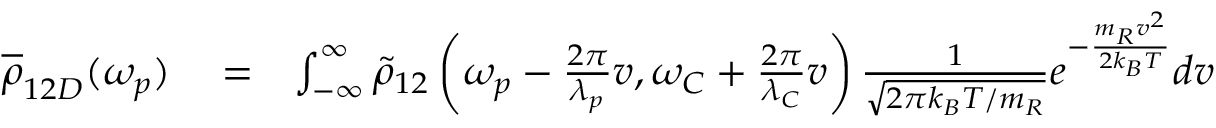
\begin{array} { r l r } { \overline { \rho } _ { 1 2 D } ( \omega _ { p } ) } & { { } = } & { \int _ { - \infty } ^ { \infty } \tilde { \rho } _ { 1 2 } \left( \omega _ { p } - \frac { 2 \pi } { \lambda _ { p } } v , \omega _ { C } + \frac { 2 \pi } { \lambda _ { C } } v \right) \frac { 1 } { \sqrt { 2 \pi k _ { B } T / m _ { R } } } e ^ { - \frac { m _ { R } v ^ { 2 } } { 2 k _ { B } T } } d v } \end{array}